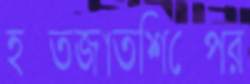
হস্তজাতশিল্পের